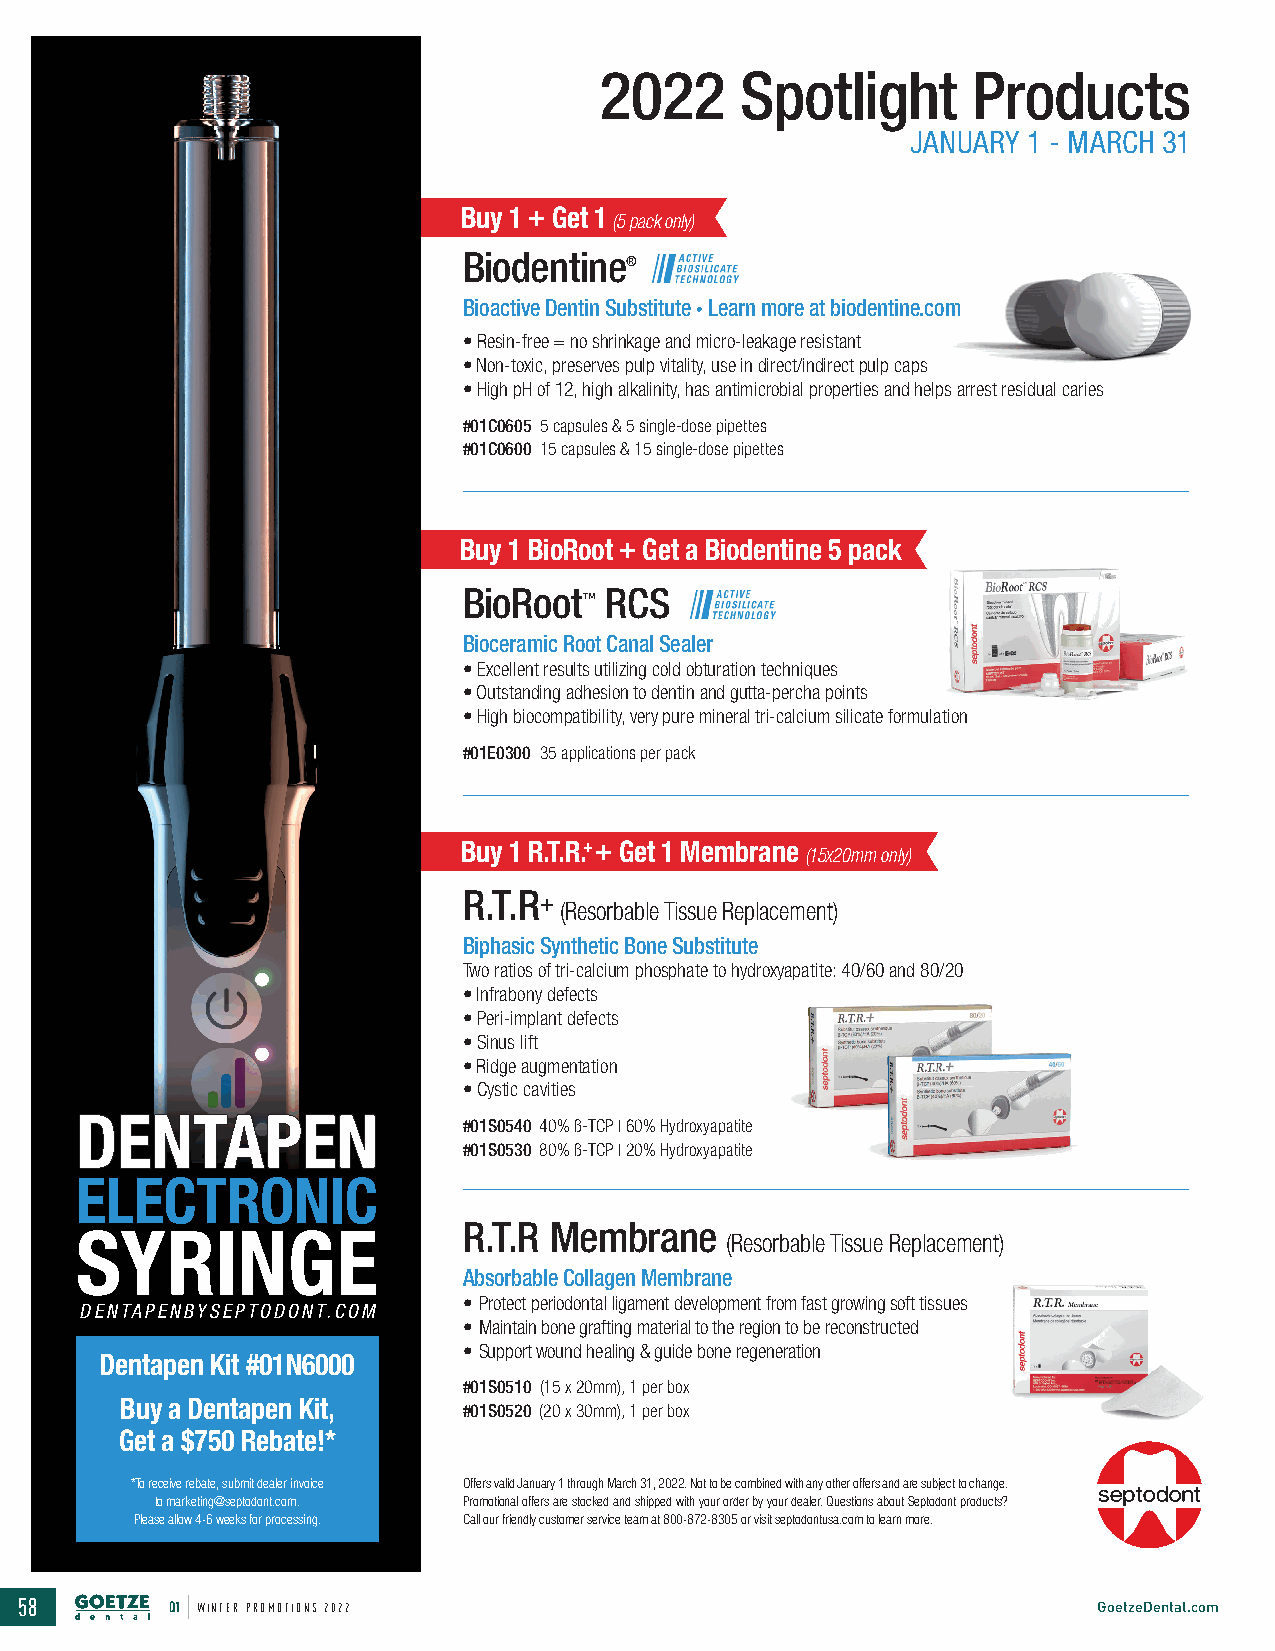
2022     Spotlight       Products
 JANUARY 1 - MARCH 31
 Buy 1 + Get 1
 (5 pack only)
 Biodentine
 ®
 Bioactive Dentin Substitute ∙ Learn more at biodentine.com
 • Resin-free = no shrinkage and micro-leakage resistant
 • Non-toxic, preserves pulp vitality, use in direct/indirect pulp caps
 • High pH of 12, high alkalinity, has antimicrobial properties and helps arrest residual caries
 #01C0605 5 capsules & 5 single-dose pipettes
 #01C0600 15 capsules & 15 single-dose pipettes
 Buy 1 BioRoot + Get a Biodentine 5 pack
 BioRoot  RCS
 ™
 Bioceramic Root Canal Sealer
 • Excellent results utilizing cold obturation techniques
 • Outstanding adhesion to dentin and gutta-percha points
 • High biocompatibility, very pure mineral tri-calcium silicate formulation
 #01E0300 35 applications per pack
 Buy 1 R.T.R.+ + Get 1 Membrane
 (15x20mm only)
 R.T.R+
 (Resorbable Tissue Replacement)
 Biphasic Synthetic Bone Substitute
 Two ratios of tri-calcium phosphate to hydroxyapatite: 40/60 and 80/20
 • Infrabony defects
 • Peri-implant defects
 • Sinus lift
 • Ridge augmentation
 • Cystic cavities
 DDEENNTTAAPPEENN
 #01S0540 40% ß-TCP | 60% Hydroxyapatite
 #01S0530 80% ß-TCP | 20% Hydroxyapatite
 ELECTRONIC
 SYRINGE                   R.T.R Membrane   (Resorbable Tissue Replacement)
 Absorbable Collagen Membrane
 • Protect periodontal ligament development from fast growing soft tissues
 DENTAPENBYSEPTODONT.COM
 • Maintain bone grafting material to the region to be reconstructed
 • Support wound healing & guide bone regeneration
 Dentapen Kit #01N6000
 #01S0510 (15 x 20mm), 1 per box
 Buy a Dentapen Kit,
 #01S0520 (20 x 30mm), 1 per box
 Get a $750 Rebate!*
 *To receive rebate, submit dealer invoice Offers valid January 1 through March 31, 2022. Not to be combined with any other offers and are subject to change.
 to marketing@septodont.com. Promotional offers are stocked and shipped with your order by your dealer. Questions about Septodont products?
 Please allow 4-6 weeks for processing. Call our friendly customer service team at 800-872-8305 or visit septodontusa.com to learn more.
 58        Q1 WINTER PROMOTIONS 2022                                     GoetzeDental.com